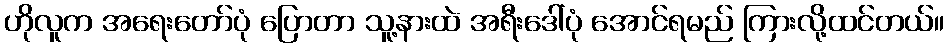
ဟိုလူက အရေးတော်ပုံ ပြောတာ သူ့နားထဲ အရီးဒေါ်ပုံ အောင်ရမည် ကြားလို့ထင်တယ်။